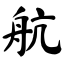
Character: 航